Tartu_kinnistusamet, lk 7
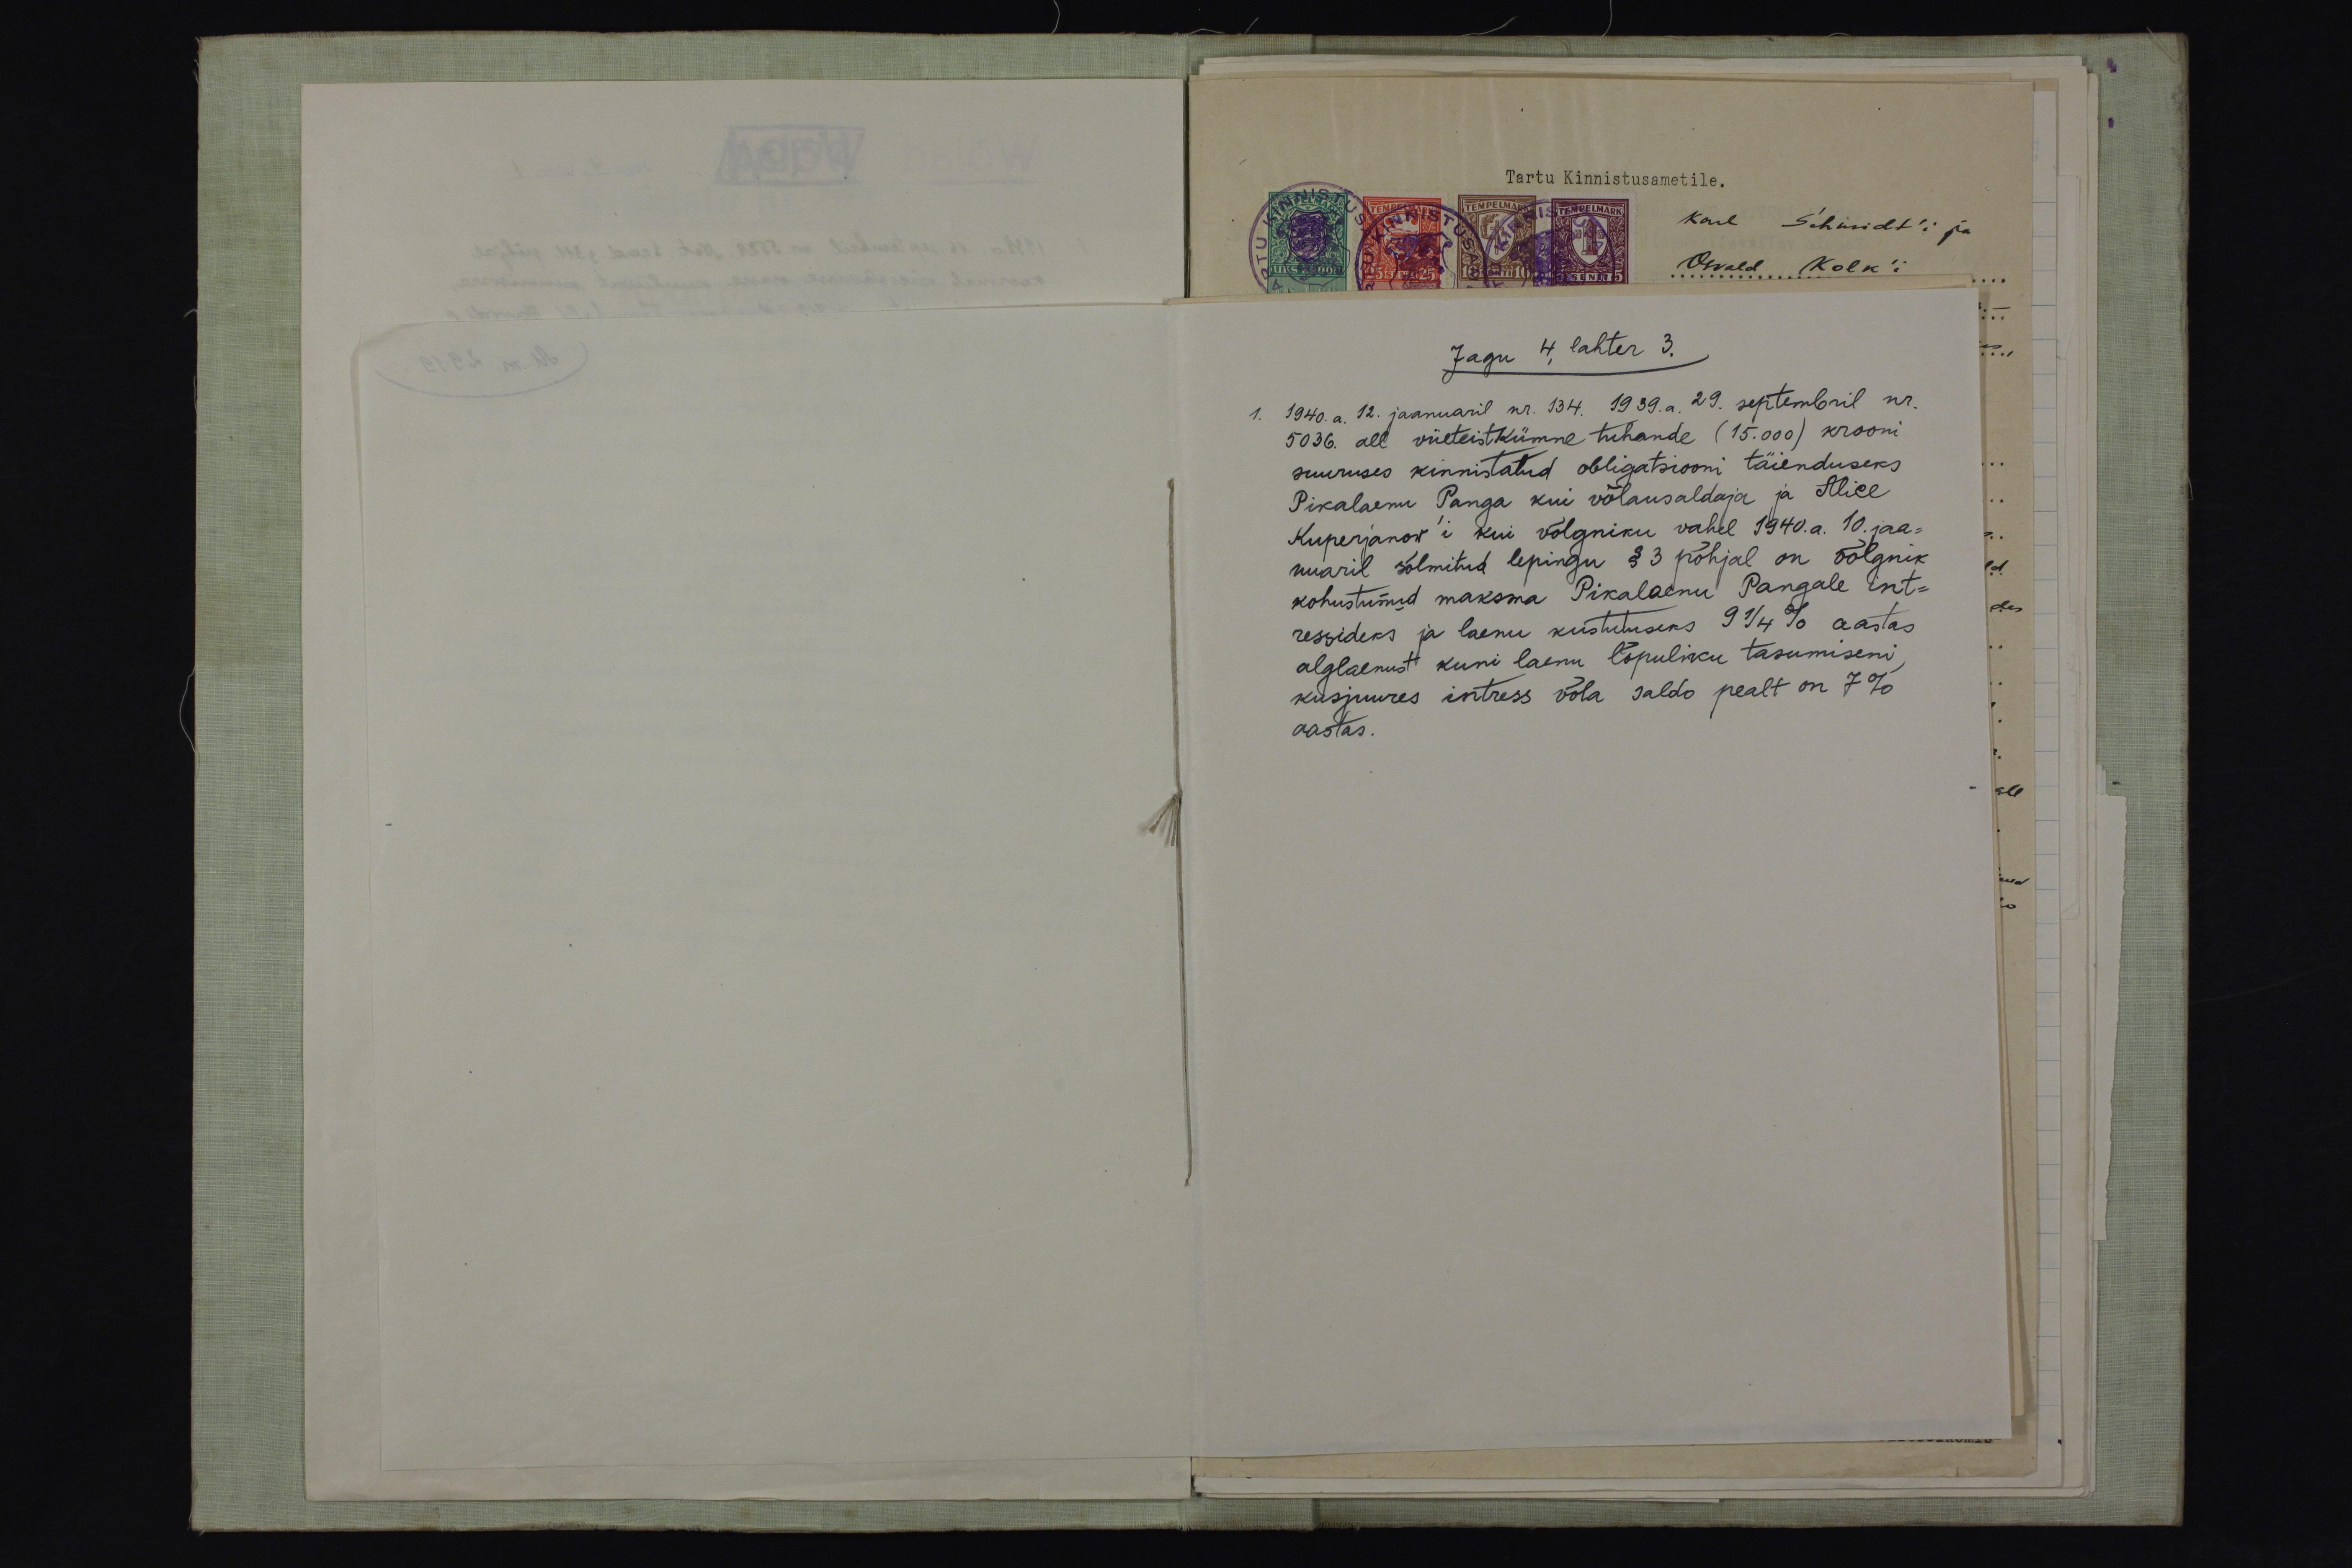
Jagu 4, lahter 3.
1. 1940. a. 12. jaanuaril nr. 134. 1939.a. 29. septembril nr.
5036. all viieteistkümne tuhande (15.000) krooni
suuruses kinnistatud obligatsiooni täienduseks
Pikalaenu Panga kui võlausaldaja ja Alice
Kuperjanov'i kui võlgniku vahel 1940. a. 10. jaa-
nuaril sõlmitud lepingu § 3 põhjal on võlgnik
kohustunud maksma Pikalaenu Pangale int-
ressideks ja laenu kustutuseks 9 1/4% aastas
alglaenust kuni laenu lõpuliku tasumiseni,
kusjuures intress võla saldo pealt on 7%
aastas.